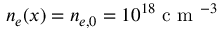
n _ { e } ( x ) = n _ { e , 0 } = 1 0 ^ { 1 8 } \mathrm { ~ c ~ m ~ } ^ { - 3 }